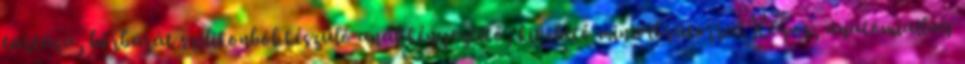
tartású, bőrbarát szilikonból készülő anál kényeztető, kivehető minivibrátorral.Kúpos, anatómiailag